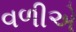
વળીએ